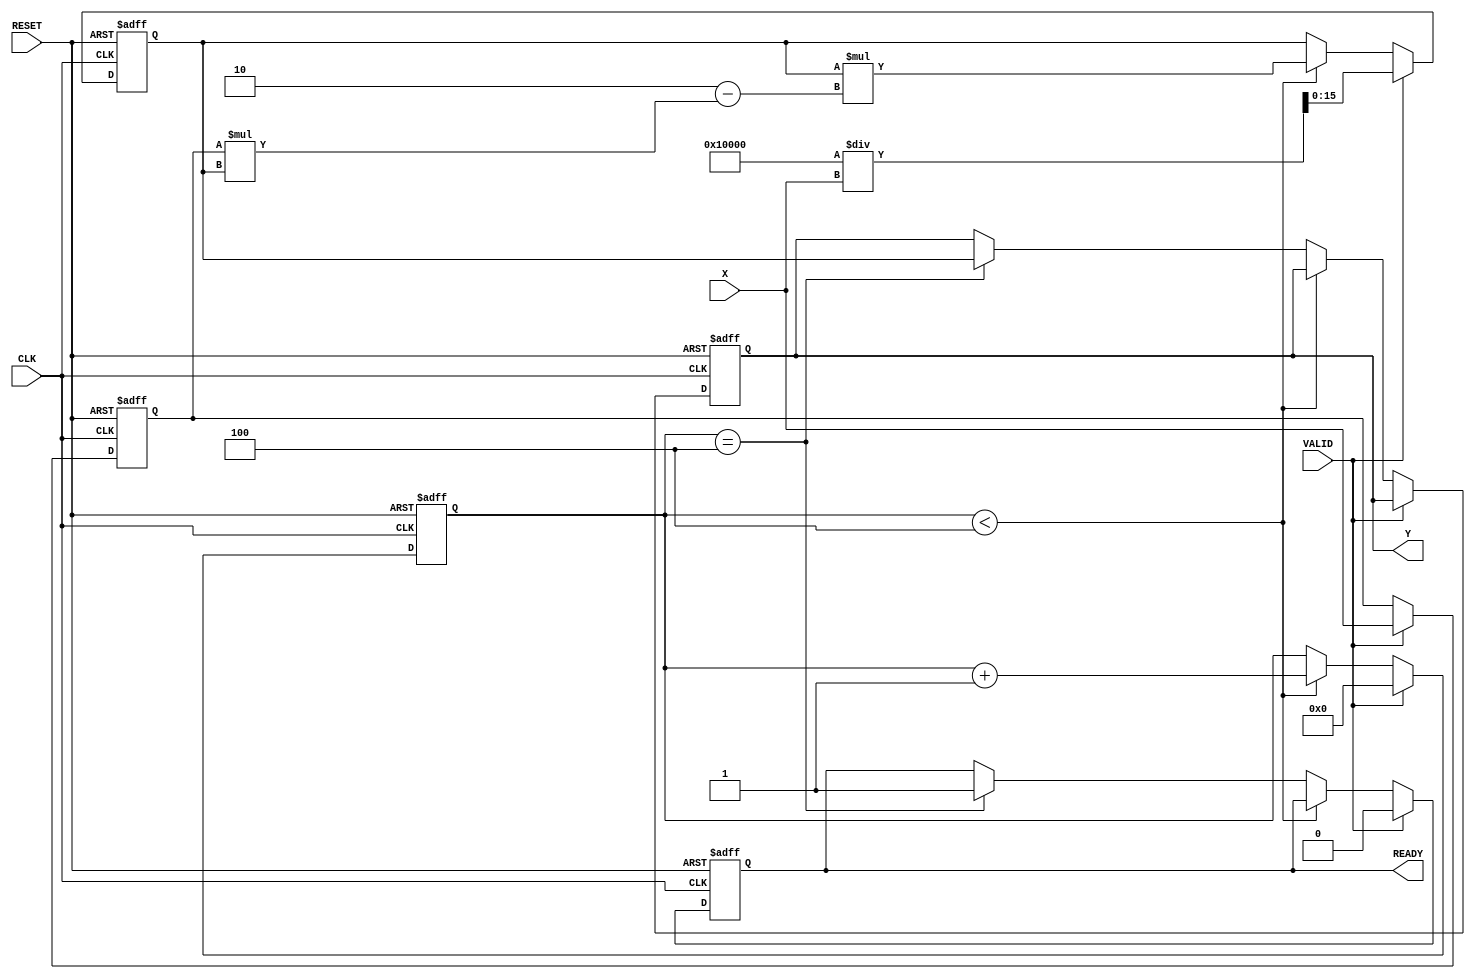
module DirectReciprocalUnit #(
    parameter DATA_WIDTH = 16, // Width of the input data
    parameter ITERATIONS = 4    // Number of iterations for Newton-Raphson
)(
    input wire [DATA_WIDTH-1:0] X,     // Input data
    input wire VALID,                    // Valid signal
    input wire CLK,                      // Clock signal
    input wire RESET,                    // Asynchronous reset
    output reg [DATA_WIDTH-1:0] Y,      // Output data (reciprocal)
    output reg READY                     // Ready signal
);

    reg [DATA_WIDTH-1:0] x_reg;          // Register to hold input value
    reg [DATA_WIDTH-1:0] approx;          // Current approximation of the reciprocal
    reg [3:0] count;                      // Iteration counter

    // Asynchronous reset and input capture
    always @(posedge CLK or posedge RESET) begin
        if (RESET) begin
            x_reg <= 0;
            Y <= 0;
            READY <= 0;
            count <= 0;
            approx <= 0;
        end else if (VALID) begin
            // Capture input and initialize for computation
            x_reg <= X;
            approx <= (1 << DATA_WIDTH) / X; // Initial guess (1/X)
            count <= 0;
            READY <= 0;
        end else if (count < ITERATIONS) begin
            // Newton-Raphson iteration: approx = approx * (2 - x_reg * approx)
            approx <= approx * (2 - x_reg * approx);
            count <= count + 1;
        end else if (count == ITERATIONS) begin
            // Finalize output after iterations
            Y <= approx;
            READY <= 1; // Signal that output is ready
        end
    end

endmodule